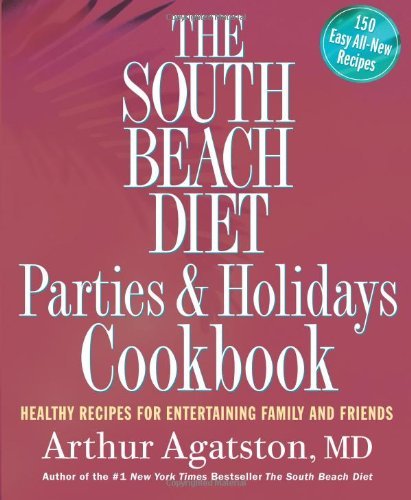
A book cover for The South Beach Diet Parties and Holidays Cookbook Healthy Recipes for Entertaining Family and Friends by Agatston, Arthur [Rodale Books,2006] (Paperback); Health, Fitness & Dieting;